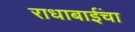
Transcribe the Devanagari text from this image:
राधाबाईंचा